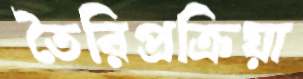
তৈরিপ্রক্রিয়া